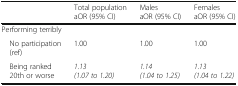
|  | Total populationaOR (95% CI) | MalesaOR (95% CI) | FemalesaOR (95% CI) |
 | --- | --- | --- | --- |
 | <COLSPAN=4> Performing terribly |
 | No participation (ref) | 1.00 | 1.00 | 1.00 |
 | Being ranked 20th or worse | 1.13 (1.07 to 1.20) | 1.14 (1.04 to 1.25) | 1.13 (1.04 to 1.22) |